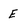
Character: E